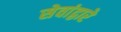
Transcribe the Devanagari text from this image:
सेवांद्वारे